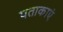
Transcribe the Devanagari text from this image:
पताकाएं